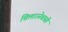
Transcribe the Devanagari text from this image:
चिलाउनेबासी